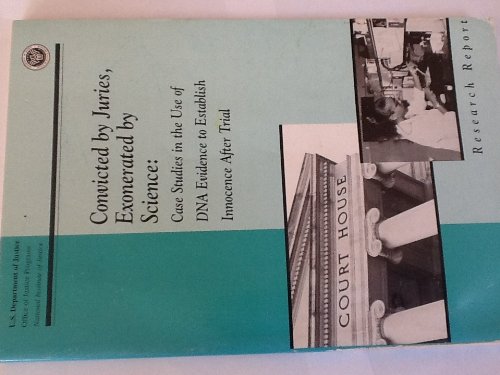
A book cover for Convicted By Juries, Exonerated By Science: Case Studies in the Use of DNA Evidence to Establish Innocence After Trial; U. S. Department. Of Justice; Law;